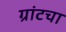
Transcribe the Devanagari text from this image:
ग्रांटचा